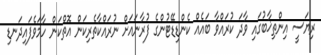
ރިޔަސީ އިންތިޚާބުގައި ވާދަ ކުރައްވާ ބައެއް ކެންޑިޑޭޓުންގެ ފުރާނައަށް ނުރައްކާތެރިކަން އޮތްކަން ހާމަވެފައިދަނޑި